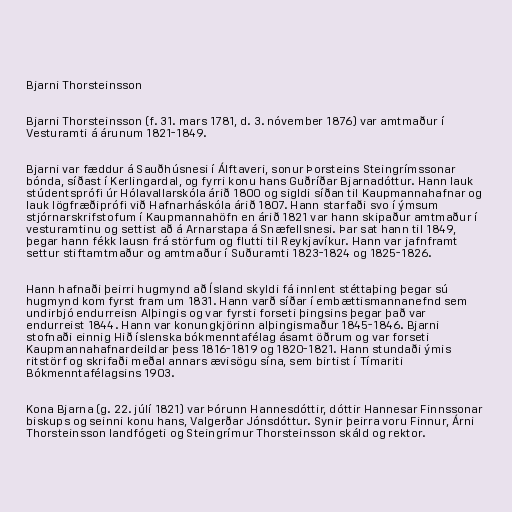
Bjarni Thorsteinsson

Bjarni Thorsteinsson (f. 31. mars 1781, d. 3. nóvember 1876) var amtmaður í
Vesturamti á árunum 1821-1849.

Bjarni var fæddur á Sauðhúsnesi í Álftaveri, sonur Þorsteins Steingrímssonar
bónda, síðast í Kerlingardal, og fyrri konu hans Guðríðar Bjarnadóttur. Hann lauk
stúdentsprófi úr Hólavallarskóla árið 1800 og sigldi síðan til Kaupmannahafnar og
lauk lögfræðiprófi við Hafnarháskóla árið 1807. Hann starfaði svo í ýmsum
stjórnarskrifstofum í Kaupmannahöfn en árið 1821 var hann skipaður amtmaður í
vesturamtinu og settist að á Arnarstapa á Snæfellsnesi. Þar sat hann til 1849,
þegar hann fékk lausn frá störfum og flutti til Reykjavíkur. Hann var jafnframt
settur stiftamtmaður og amtmaður í Suðuramti 1823-1824 og 1825-1826.

Hann hafnaði þeirri hugmynd að Ísland skyldi fá innlent stéttaþing þegar sú
hugmynd kom fyrst fram um 1831. Hann varð síðar í embættismannanefnd sem
undirbjó endurreisn Alþingis og var fyrsti forseti þingsins þegar það var
endurreist 1844. Hann var konungkjörinn alþingismaður 1845-1846. Bjarni
stofnaði einnig Hið íslenska bókmenntafélag ásamt öðrum og var forseti
Kaupmannahafnardeildar þess 1816-1819 og 1820-1821. Hann stundaði ýmis
ritstörf og skrifaði meðal annars ævisögu sína, sem birtist í Tímariti
Bókmenntafélagsins 1903.

Kona Bjarna (g. 22. júlí 1821) var Þórunn Hannesdóttir, dóttir Hannesar Finnssonar
biskups og seinni konu hans, Valgerðar Jónsdóttur. Synir þeirra voru Finnur, Árni
Thorsteinsson landfógeti og Steingrímur Thorsteinsson skáld og rektor.